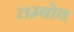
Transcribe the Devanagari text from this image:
तम्बोव